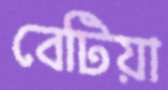
বেটিয়া